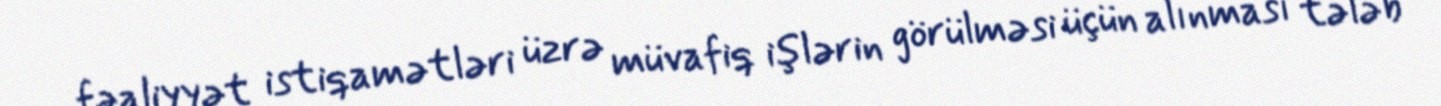
fəaliyyət istiqamətləri üzrə müvafiq işlərin görülməsi üçün alınması tələb